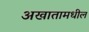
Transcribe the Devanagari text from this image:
अखातामधील